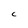
Character: C